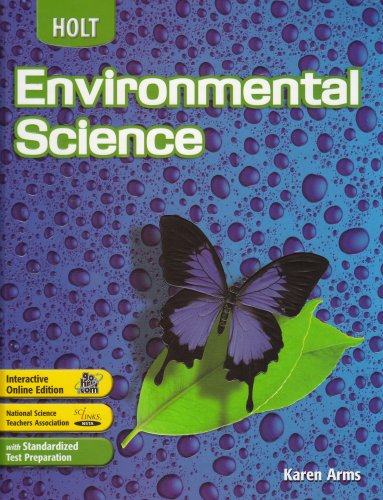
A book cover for Holt Environmental Science: Student Edition 2006; RINEHART AND WINSTON HOLT; Teen & Young Adult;